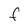
Character: F